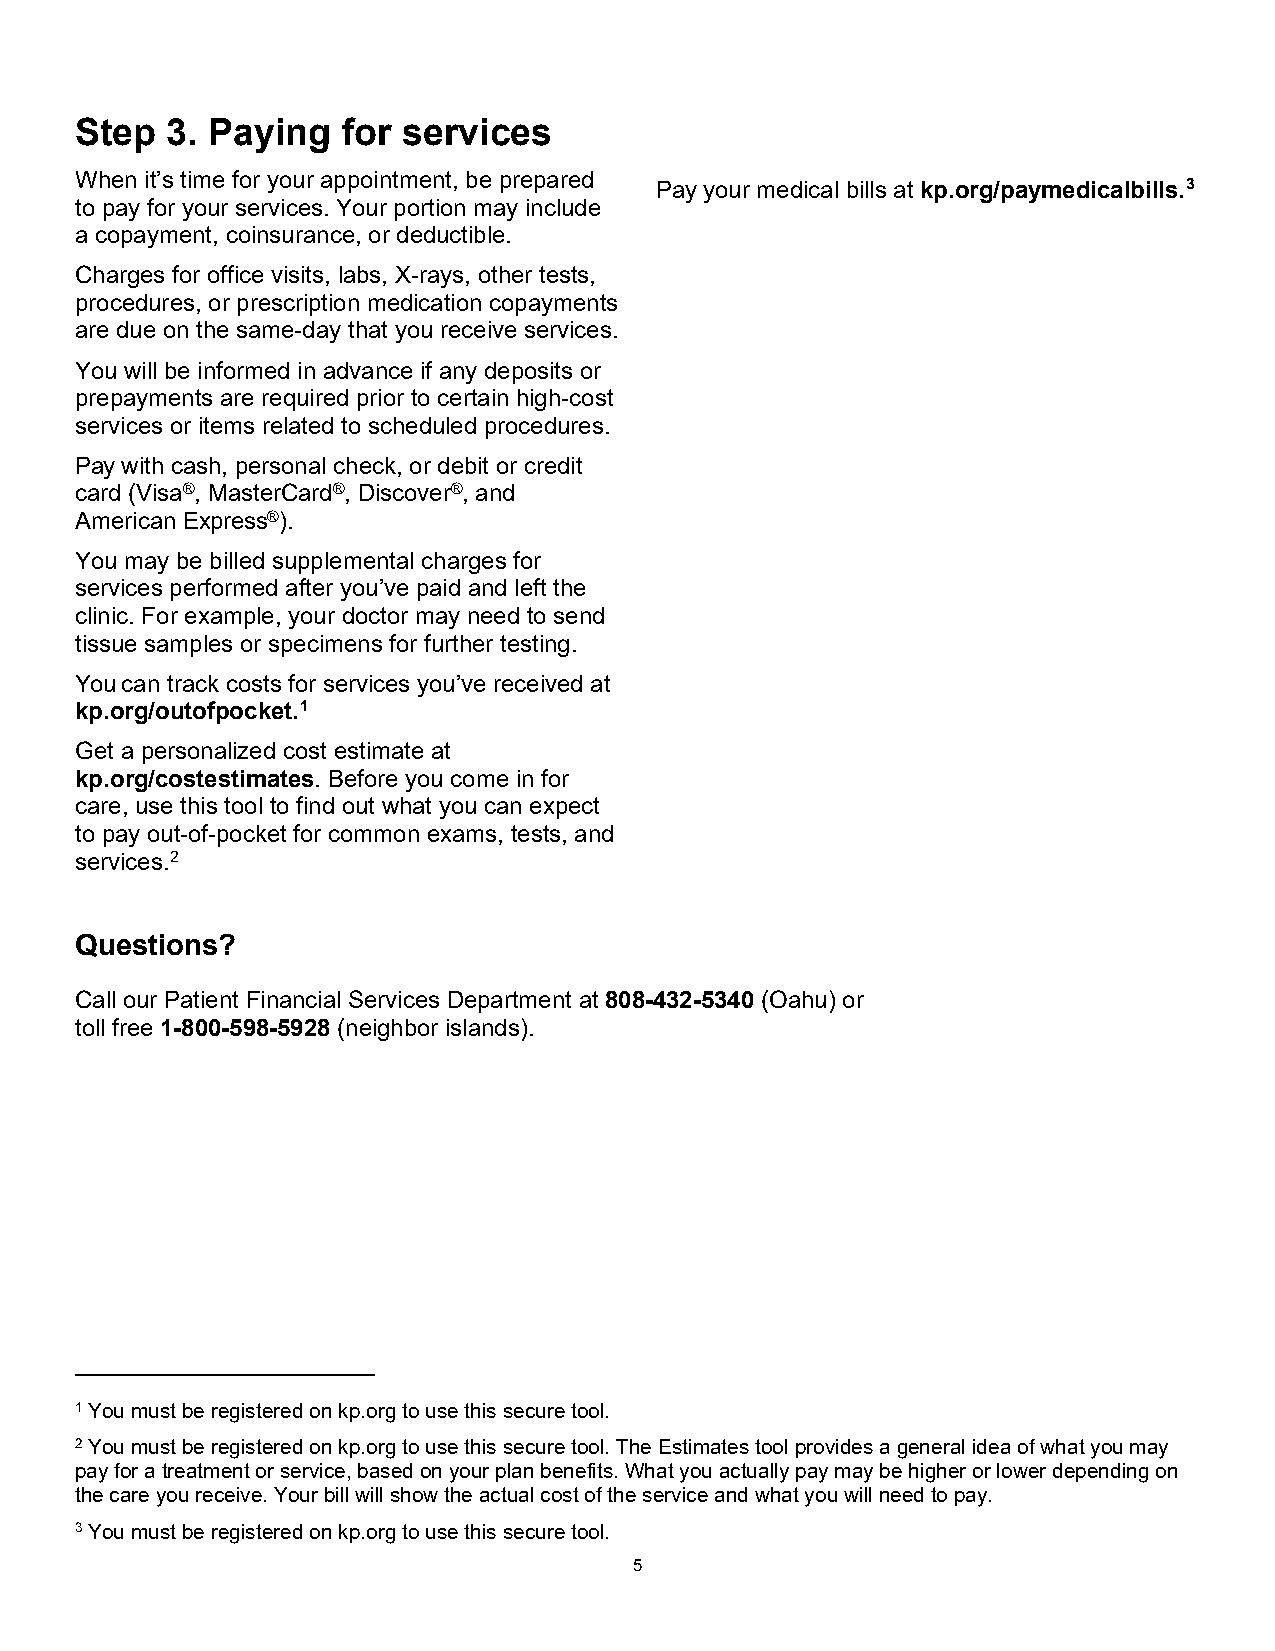
Step  3. Paying   for services
 When it’s time for your appointment, be prepared
 Pay your medical bills at kp.org/paymedicalbills.3
 to pay for your services. Your portion may include
 a copayment, coinsurance, or deductible.
 Charges for office visits, labs, X-rays, other tests,
 procedures, or prescription medication copayments
 are due on the same-day that you receive services.
 You will be informed in advance if any deposits or
 prepayments are required prior to certain high-cost
 services or items related to scheduled procedures.
 Pay with cash, personal check, or debit or credit
 card (Visa®, MasterCard®, Discover®, and
 American Express®).
 You may be billed supplemental charges for
 services performed after you’ve paid and left the
 clinic. For example, your doctor may need to send
 tissue samples or specimens for further testing.
 You can track costs for services you’ve received at
 kp.org/outofpocket.1
 Get a personalized cost estimate at
 kp.org/costestimates. Before you come in for
 care, use this tool to find out what you can expect
 to pay out-of-pocket for common exams, tests, and
 services.2
 Questions?
 Call our Patient Financial Services Department at 808-432-5340 (Oahu) or
 toll free 1-800-598-5928 (neighbor islands).
 1 You must be registered on kp.org to use this secure tool.
 2 You must be registered on kp.org to use this secure tool. The Estimates tool provides a general idea of what you may
 pay for a treatment or service, based on your plan benefits. What you actually pay may be higher or lower depending on
 the care you receive. Your bill will show the actual cost of the service and what you will need to pay.
 3 You must be registered on kp.org to use this secure tool.
 5